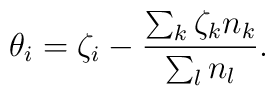
\theta_i=\zeta_i-\frac{\sum_k \zeta_k n_k}{\sum_l n_l}.